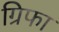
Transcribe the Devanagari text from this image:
ग्रिफा